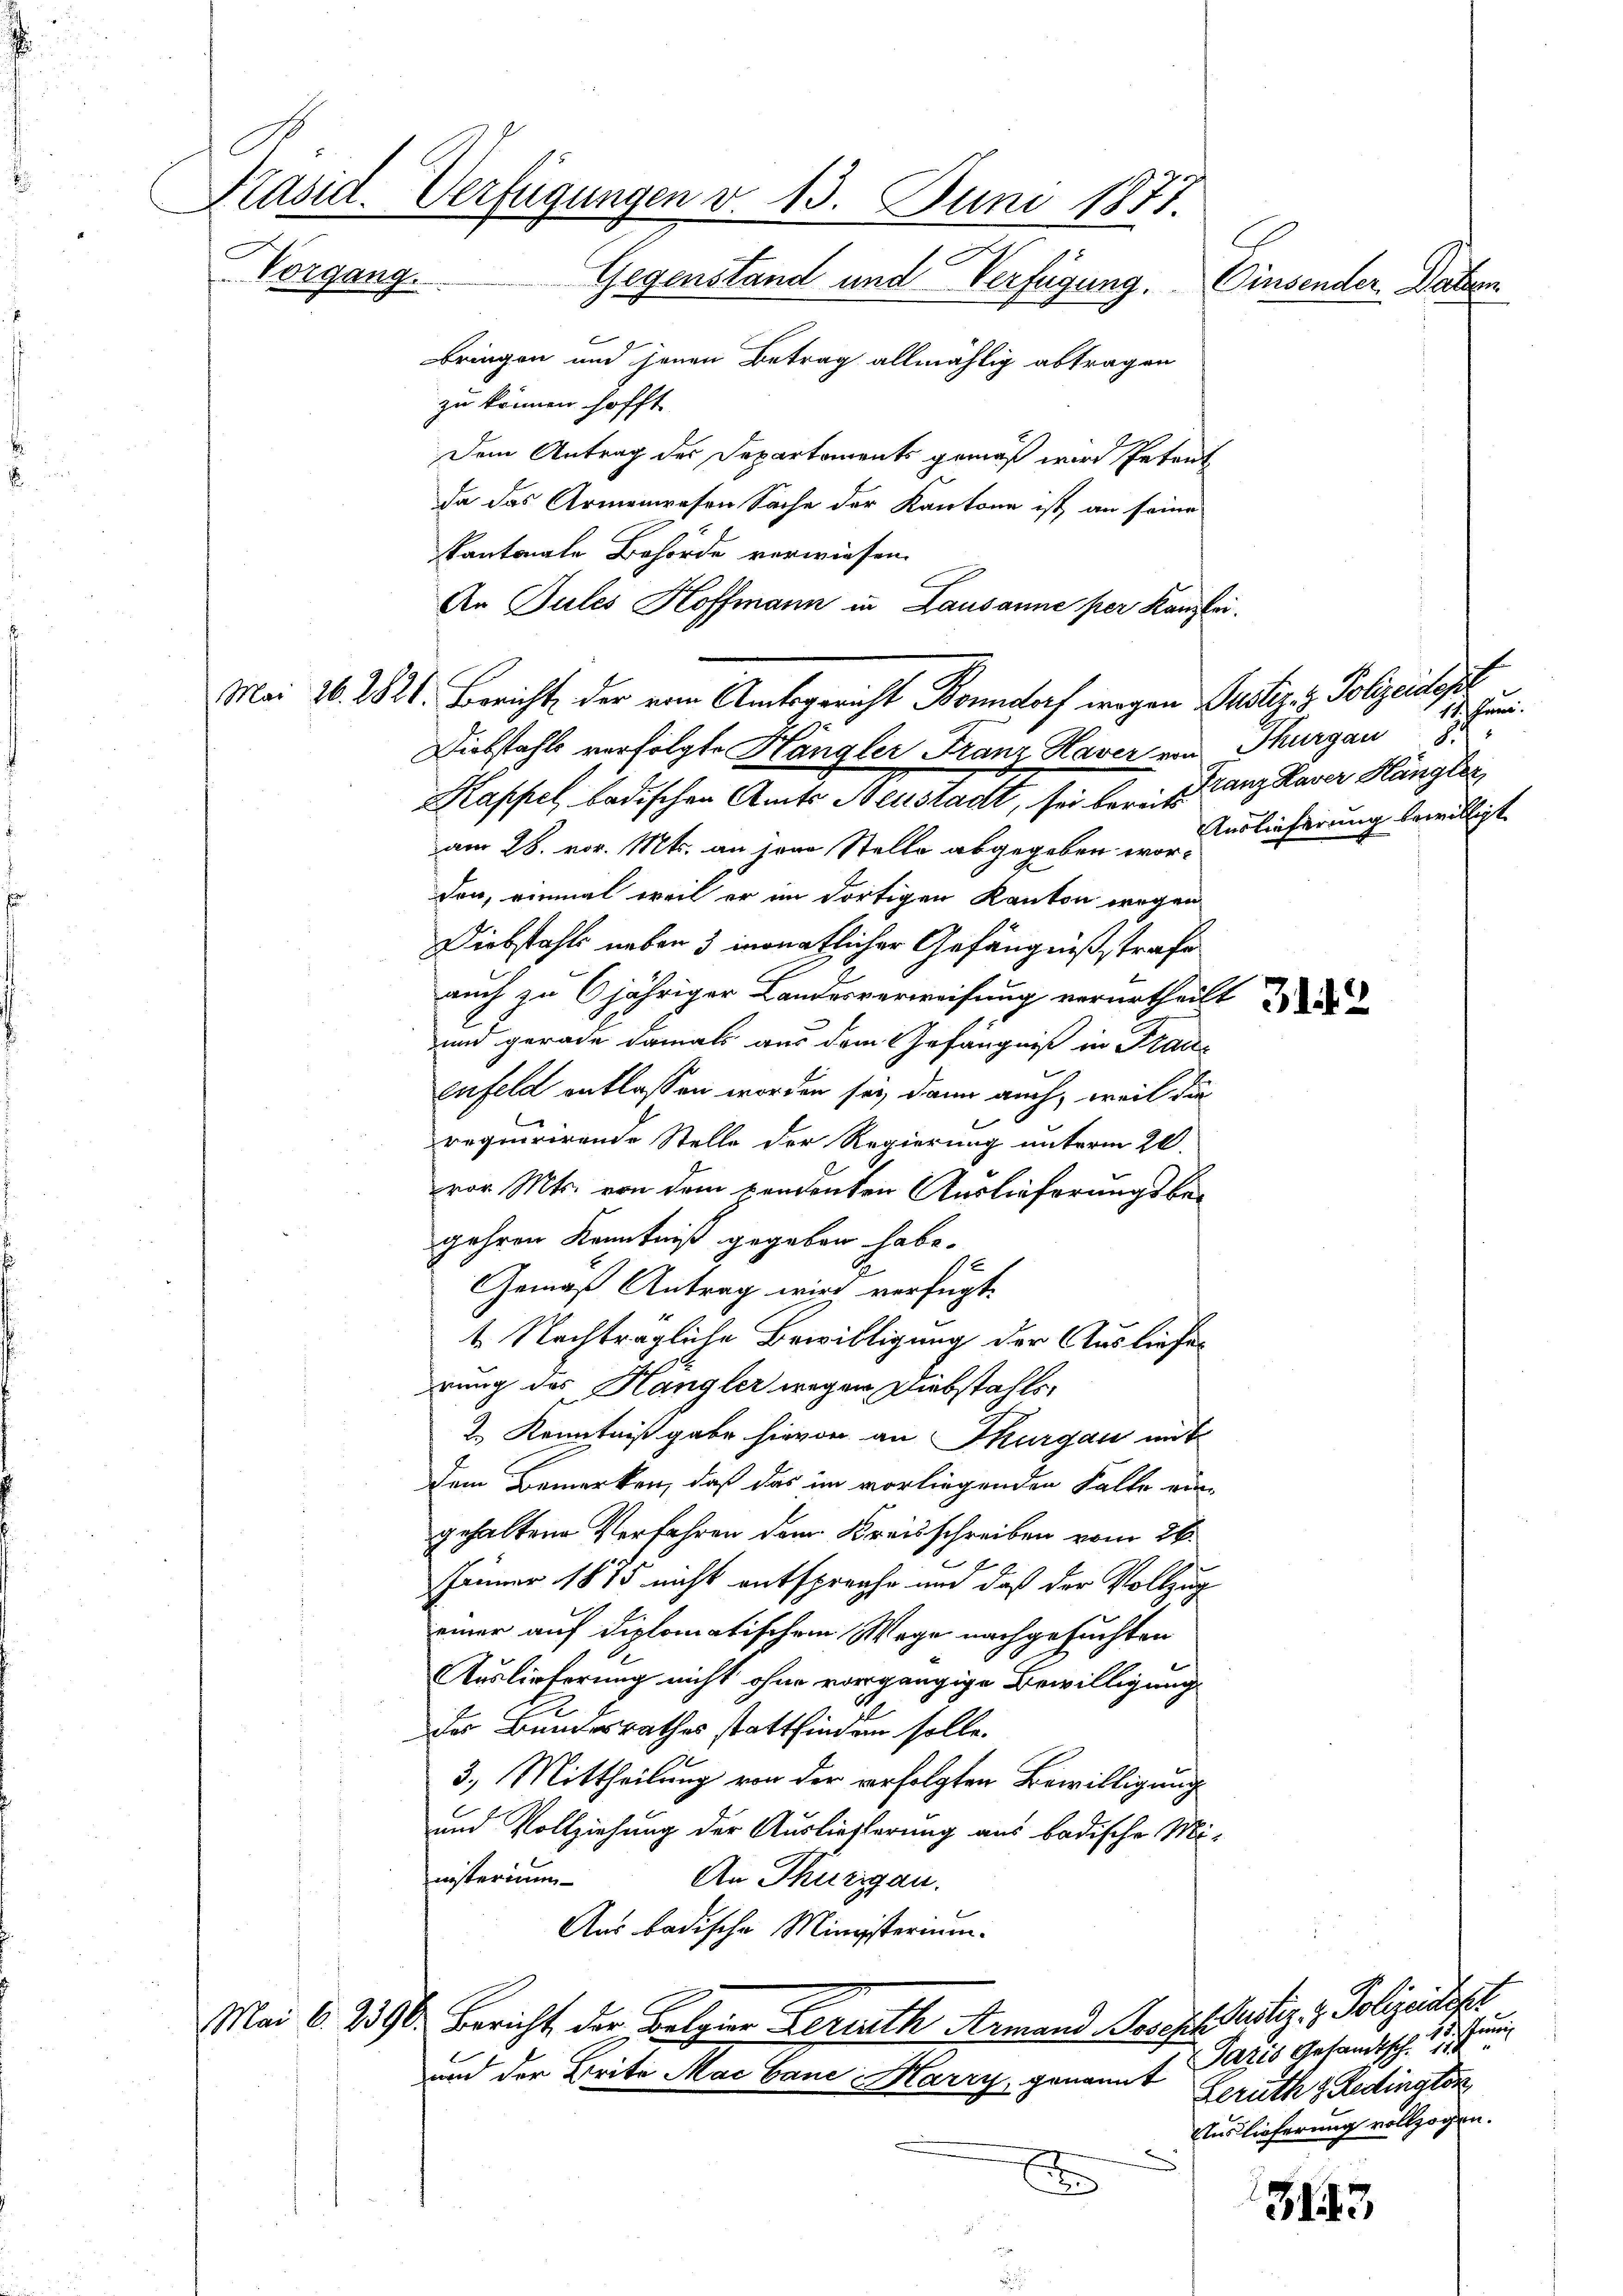
Bringen und jenen Betrag allmählig abtragen
zu können hofft
Dem Antrag des Departements gemäß wird Petent
da das Armenwesen Sache der Kantone ist, an seine
kantonale Behörde verwiesen.
Diebstahls verfolgte Hängler Franz Haver von Thurgau 8
Kapsel badischen Amts Neustadt, sei lors Tanz Kaver Hängler
am 28. vor. Mts. an jene Stelle abgegeben worden, einmal weil er im dortigen Kanton wegen
Diebstahls neben 3 monatlicher Gefängnißstrafe
auch zu 6jähriger Landesverweisung verurtheilt
und gerade damals aus dem Gefängniß in Traue
eufeld entlassen worden sey dann auch, weil die
requirirende Stelle der Regierung unterm 20.
vor. Mts. von dem pendenten Auslieferungsbegehren Kenntniß gegeben habe.
Gemäß Antrag wird verfügt:
t. Nachträgliche Bewilligung der Ausliefer
gung des Hangler wegen Diebstahls,
2 Kenntnißgabe hievon an Thurgau mit
Dem Bemerken, daß das im vorliegenden Falle ein-
gehaltene Verfahren dem Kreisschreiben vom 26.
Jänner 1875 nicht entspreche und daß der Vollzug
einer auf diplomatischem Wege nachgesuchten
Auslieferung nicht ohne vorgängige Bewilligung
des Bundesrathes stattfinden solle.
3.) Mittheilung von der erfolgten Bewilligung
und Vollziehung der Auslieferung aus badische Mi-
nisterium
An Thurgau.
Aus badische Ministerium
Mai 6. 290. Bericht der Belgier Ferrath Armand Joseph Justiz & Polizeisteht
und der Brite Mac baue Marzy, genannt
Auslieferung vollzogen.
d
383.

Präsid. Verfügungen v. 15. Juni 1871.
Vorgang. Gegenstand und Verfügung.
Einsender Paten.
6

An Pules Hoffmann in Lausanne per Kanzlei.
Mai 16. 2821. Bericht der von Amtsgericht Bonndorf wegen Justiz & Polizeislass

E
11. Juni.
Auslieferung bewilligt.

Paris Gesandtsch. 15. Juni
Gerüth & Redington